Plague in India, 1896, 1897 - Volume 3
Year: 1896
Disease focus: Plague
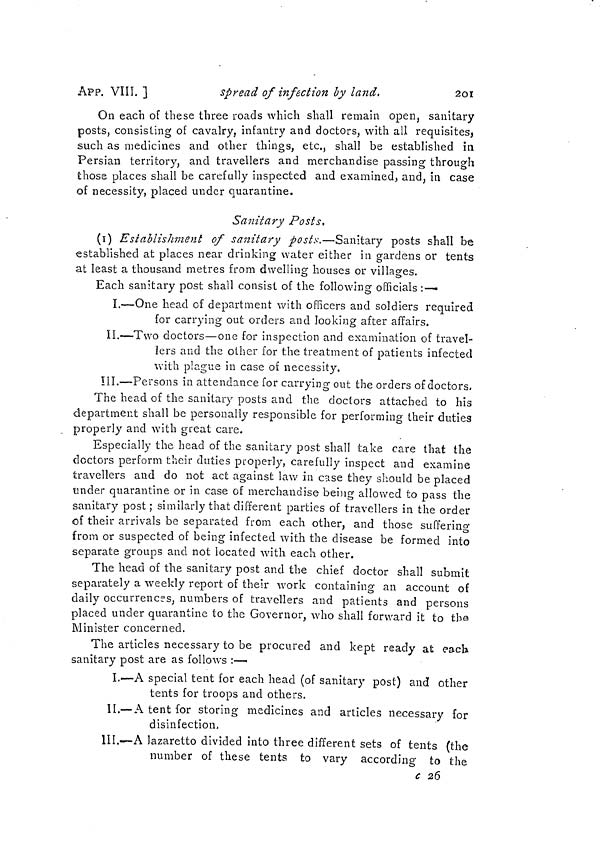
201
APP. VIII. ]
spread of infection by land.
On each of these three roads which shall remain open, sanitary
posts, consisting of cavalry, infantry and doctors, with all requisites,
such as medicines and other things, etc., shall be established in
Persian territory, and travellers and merchandise passing through
those places shall be carefully inspected and examined, and, in case
of necessity, placed under quarantine.
Sanitary Posts.
(1) Establishment of sanitary posts.—Sanitary posts shall be
established at places near drinking water either in gardens or tents
at least a thousand metres from dwelling houses or villages.
Each sanitary post shall consist of the following officials ;-—•
I.—One head of department with officers and soldiers required
for carrying out orders and looking after affairs.
II.—Two doctors—one for inspection and examination of travel-
lers and the other for the treatment of patients infected
with plague in case of necessity.
III.—Persons in attendance for carrying out the orders of doctors.
The head of the sanitary posts and the doctors attached to his
department shall be personally responsible for performing their duties
properly and with great care.
Especially the head of the sanitary post shall take care that the
doctors perform their duties properly, carefully inspect and examine
travellers and do not act against law in case they should be placed
tinder quarantine or in case of merchandise being allowed to pass the
sanitary post ; similarly that different parties of travellers in the order
of their arrivals be separated from each other, and those suffering
from or suspected of being infected with the disease be formed into
separate groups and not located with each other.
The head of the sanitary post and the chief doctor shall submit
separately a weekly report of their work containing an account of
daily occurrences, numbers of travellers and patients and persons
placed under quarantine to the Governor, who shall forward it to the
Minister concerned.
The articles necessary to be procured and kept ready at each
sanitary post are as follows :—
I.—A special tent for each head (of sanitary post) and other
tents for troops and others.
II.—A tent for storing medicines and articles necessary for
disinfection,
III.—A lazaretto divided into three different sets of tents (the
number of these tents to vary according to the
c 26